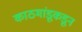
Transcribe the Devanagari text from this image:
काठमांडूकडून